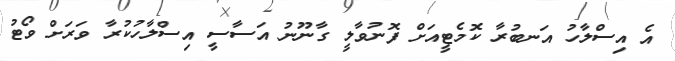
އެ އިސްލާހު އަނބުރާ ކޮމެޓީއަށް ފޮނުވާލީ ގާނޫނު އަސާސީ އިސްލާހުކުރާ ވަރަށް ވޯޓު